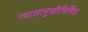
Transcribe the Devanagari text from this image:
ज्वालामुखीनिर्मित